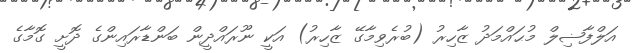
އަލްފާޟިލް މުޙައްމަދު ޒާހިރު (ބުރެވިމާގޭ ޒާހިރު) އަކީ ނޫރައްދީން ބަންޑާރައިންގެ ދޮށީ ގޮމާގެ